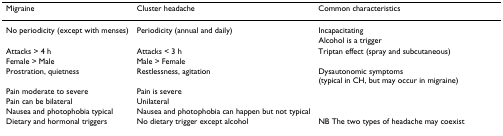
<table><thead><tr><td><b>Migraine</b></td><td><b>Cluster headache</b></td><td><b>Common characteristics</b></td></tr></thead><tbody><tr><td>No periodicity (except with menses)</td><td>Periodicity (annual and daily)</td><td>Incapacitating</td></tr><tr><td></td><td></td><td>Alcohol is a trigger </td></tr><tr><td>Attacks &gt; 4 h</td><td>Attacks &lt; 3 h</td><td>Triptan effect (spray and subcutaneous)</td></tr><tr><td>Female &gt; Male</td><td>Male &gt; Female</td><td></td></tr><tr><td>Prostration, quietness</td><td>Restlessness, agitation</td><td>Dysautonomic symptoms (typical in CH, but may occur in migraine)</td></tr><tr><td>Pain moderate to severe</td><td>Pain is severe</td><td></td></tr><tr><td>Pain can be bilateral</td><td>Unilateral</td><td></td></tr><tr><td>Nausea and photophobia typical</td><td>Nausea and photophobia can happen but not typical</td><td></td></tr><tr><td>Dietary and hormonal triggers</td><td>No dietary trigger except alcohol</td><td>NB The two types of headache may coexist</td></tr></tbody></table>